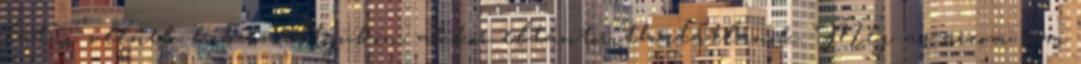
látni vélnek kiszemeltjükön, akkor eltántoríthatatlanok. Még az arcom sem